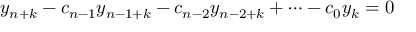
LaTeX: y _ { n + k } - c _ { n - 1 } y _ { n - 1 + k } - c _ { n - 2 } y _ { n - 2 + k } + \cdots - c _ { 0 } y _ { k } = 0